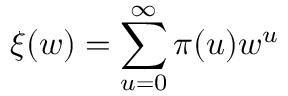
\xi ( w ) = \sum _ { u = 0 } ^ { \infty } \pi ( u ) w ^ { u }